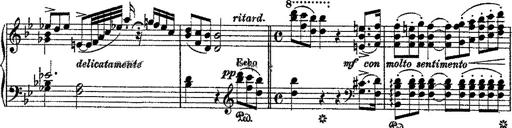
Title: Fantaisie romantique sur deux mÃ©lodies suisses
Composer: Franz Liszt